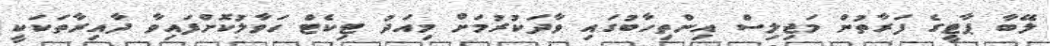
ލޭބާ ޕާޓީގެ ފަރާތުން މަޖިލިސް އިންތިހާބުގައި ވާދަކުރުމަށް މިއަދު ޓިކެޓް ހަވާލުކޮށްފައިވާ ދާއިރާތަކަކީ